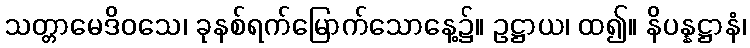
သတ္တာမေဒိဝသေ၊ ခုနစ်ရက်မြောက်သောနေ့၌။ ဥဋ္ဌာယ၊ ထ၍။ နိပန္နဋ္ဌာနံ၊